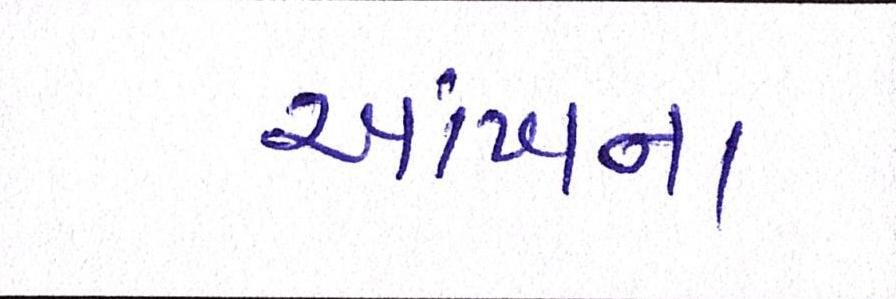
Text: આંખના